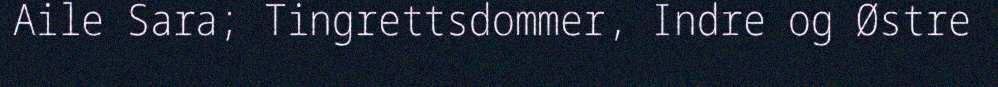
Aile Sara; Tingrettsdommer, Indre og Østre